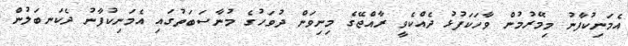
އެމަނިކުފާނު މިމޭރުމުން ވާހަކަފުޅު ދެއްކެވީ ރާއްޖޭގެ މިނިވަން ދުވަހުގެ މުނާސަބަތުގައި އެމަނިކުފާނު ދެކަނބަލުން